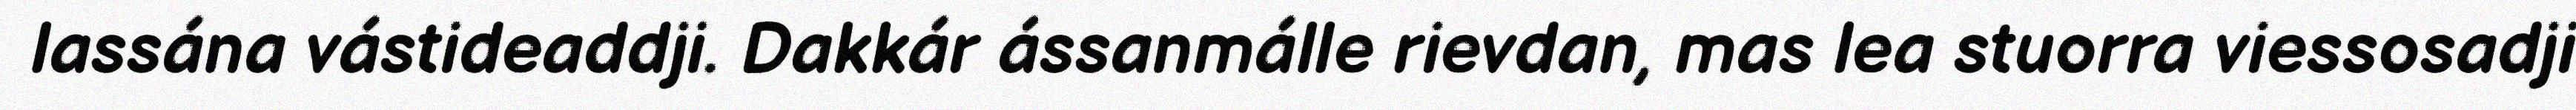
lassána vástideaddji. Dakkár ássanmálle rievdan, mas lea stuorra viessosadji